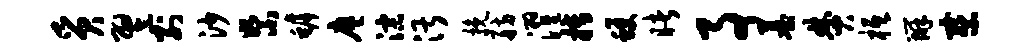
质翌别沙絮罅廖淙湛挽舫濯搏蠖睹事墓焚柢辨察